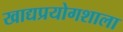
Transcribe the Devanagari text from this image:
खाद्यप्रयोगशाला